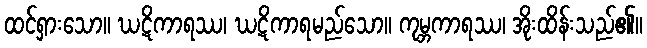
ထင်ရှားသော။ ဃဋိကာရဿ၊ ဃဋိကာရမည်သော။ ကုမ္ဘကာရဿ၊ အိုးထိန်းသည်၏။